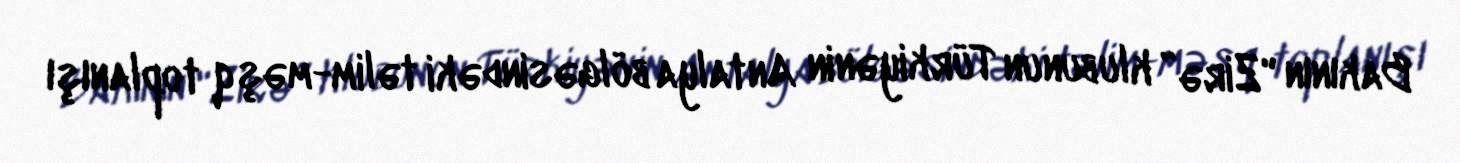
Bakının "Zirə” klubunun Türkiyənin Antalya bölgəsindəki təlim-məşq toplanışı